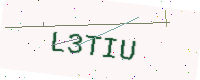
Text: L3TIU